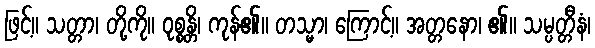
ဖြင့်။ သတ္တာ၊ တို့ကို။ ဝုစ္စန္တိ၊ ကုန်၏။ တသ္မာ၊ ကြောင့်။ အတ္တနော၊ ၏။ သမ္ပတ္တီနံ၊